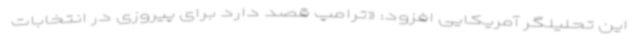
این تحلیلگر آمریکایی افزود: «ترامپ قصد دارد برای پیروزی در انتخابات